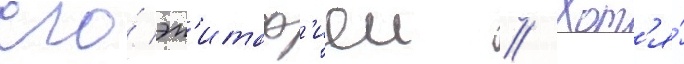
его́ эп'итаф'иеи // Хот'я́